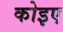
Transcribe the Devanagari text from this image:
कोइए